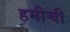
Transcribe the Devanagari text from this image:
हमीची